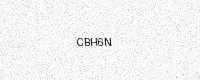
Text: CBH6N